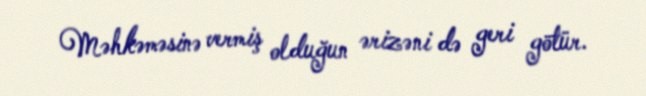
Məhkəməsinə vermiş olduğun ərizəni də geri götür.